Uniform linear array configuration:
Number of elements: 24
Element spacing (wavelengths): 0.75
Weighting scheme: hamming
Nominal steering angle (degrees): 15
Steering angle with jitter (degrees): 15.497
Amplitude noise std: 0.05
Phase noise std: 0.05

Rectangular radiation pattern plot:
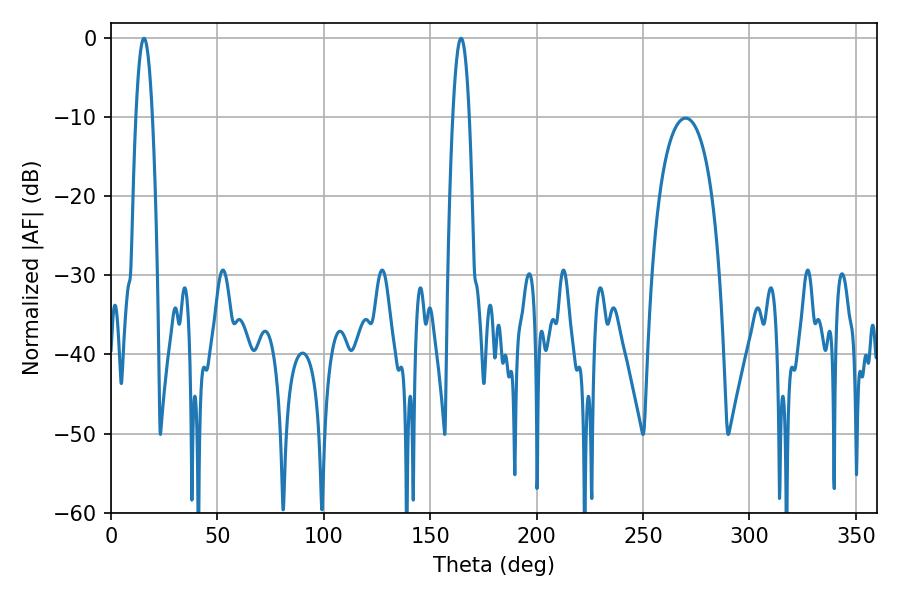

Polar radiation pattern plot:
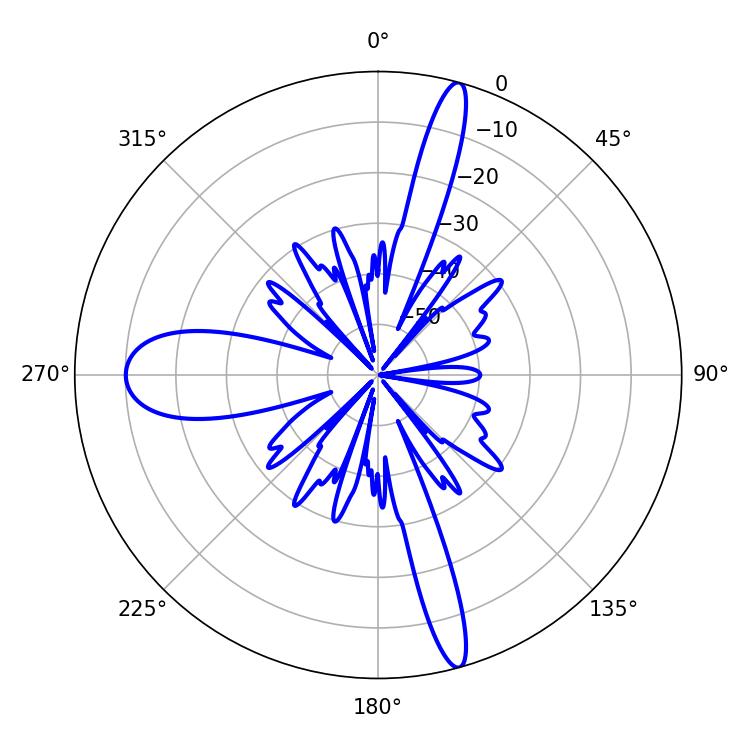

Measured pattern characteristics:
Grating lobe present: TRUE
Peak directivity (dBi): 20.522
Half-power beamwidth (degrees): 4.32
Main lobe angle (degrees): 164.52